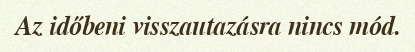
Az időbeni visszautazásra nincs mód.